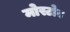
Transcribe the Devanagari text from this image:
मोस्टोव